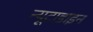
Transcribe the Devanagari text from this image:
न्यूटाडाइन